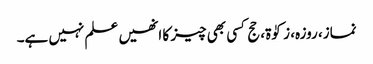
نماز، روزہ، زکوٰۃ، حج کسی بھی چیز کا انھیں علم نہیں ہے۔